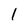
Character: 1